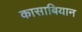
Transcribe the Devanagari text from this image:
कासाबियान